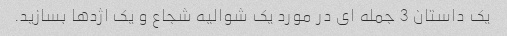
یک داستان 3 جمله ای در مورد یک شوالیه شجاع و یک اژدها بسازید.